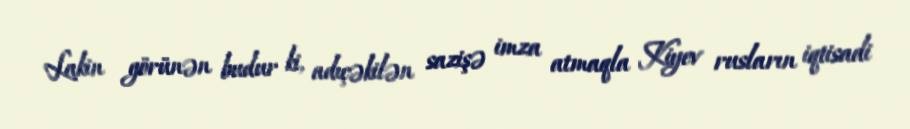
Lakin görünən budur ki, adıçəkilən sazişə imza atmaqla Kiyev rusların iqtisadi